Leaving Certificate Examination, 1912
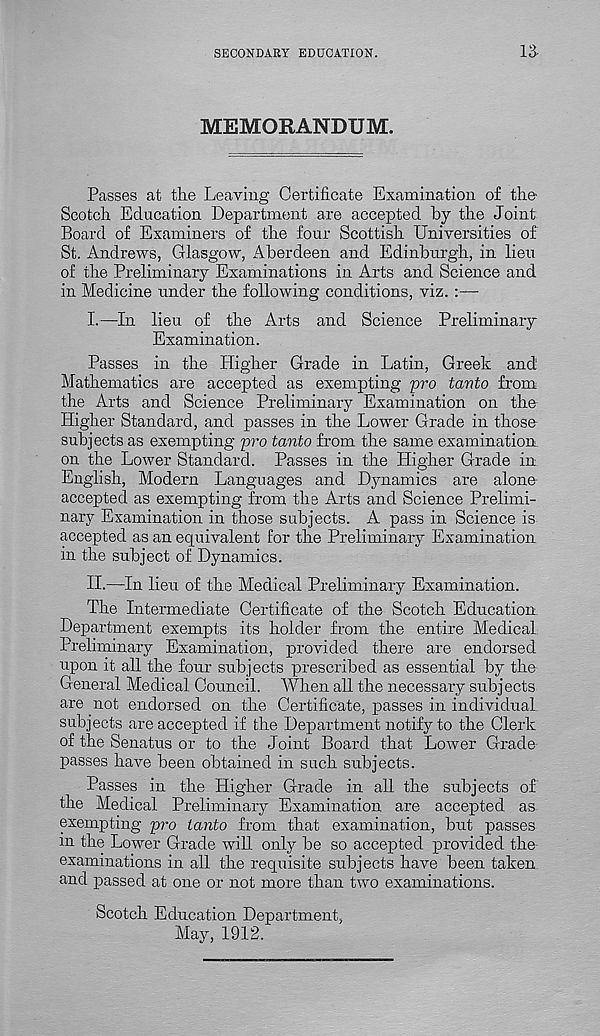
SECONDARY EDUCATION.
MEMORANDUM.
Passes at tlie Leaving Certificate Examination of the
Scotch Education Department are accepted by the Joint
Board of Examiners of the four Scottish Universities of
St. Andrews, Glasgow, Aberdeen and Edinburgh, in lieu
of the Preliminary Examinations in Arts and Science and
in Medicine under the following conditions, viz. :—
I.—In lieu of the Arts and Science Preliminary
Examination.
Passes in the Higher Grade in Latin, Greek and
Mathematics are accepted as exempting pro tavto from
the Arts and Science Preliminary Examination on the
Higher Standard, and passes in the Lower Grade in those
subjects as exempting pro tanto from the same examination,
on the Lower Standard. Passes in the Higher Grade in
English, Modern Languages and Dynamics are alone
accepted as exempting from the Arts and Science Prelimi-
nary Examination in those subjects. A pass in Science is
accepted as an equivalent for the Preliminary Examination
in the subject of Dynamics.
H.—In lieu of the Medical Preliminary Examination.
The Intermediate Certificate of the Scotch Education.
Department exempts its holder from the entire Medical
Preliminary Examination, provided there are endorsed
upon it all the four subjects prescribed as essential by the
General Medical Council. When all the necessary subjects
are not endorsed on the Certificate, passes in individual
subjects are accepted if the Department notify to the Clerk
of the Senatus or to the Joint Board that Lower Grade
passes have been obtained in such subjects.
Passes in the Higher Grade in all the subjects of
the Medical Preliminary Examination are accepted as
exempting pro tanto from that examination, but passes
m the Lower Grade will only be so accepted provided the
examinations in all the requisite subjects have been taken
and passed at one or not more than two examinations.
Scotch Education Department,
May, 1912.